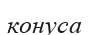
конуса